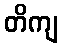
တိကျ